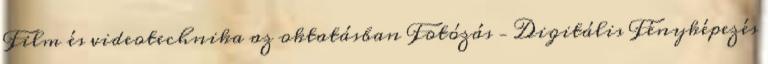
Film és videotechnika az oktatásban Fotózás – Digitális Fényképezés